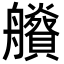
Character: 𦫂